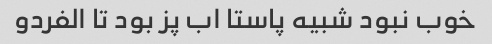
خوب نبود شبیه پاستا اب پز بود تا الفردو